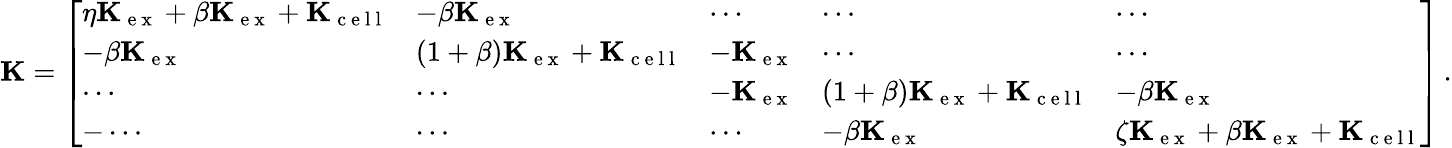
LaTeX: \mathbf{K}=\left[\begin{array}{lllll}{\eta\mathbf{K}_{\mathrm{~e~x~}}+\beta\mathbf{K}_{\mathrm{~e~x~}}+\mathbf{K}_{\mathrm{~c~e~l~l~}}}&{-\beta\mathbf{K}_{\mathrm{~e~x~}}}&{\cdots}&{\cdots}&{\cdots}\\ {-\beta\mathbf{K}_{\mathrm{~e~x~}}}&{(1+\beta)\mathbf{K}_{\mathrm{~e~x~}}+\mathbf{K}_{\mathrm{~c~e~l~l~}}}&{-\mathbf{K}_{\mathrm{~e~x~}}}&{\cdots}&{\cdots}\\ {\cdots}&{\cdots}&{-\mathbf{K}_{\mathrm{~e~x~}}}&{(1+\beta)\mathbf{K}_{\mathrm{~e~x~}}+\mathbf{K}_{\mathrm{~c~e~l~l~}}}&{-\beta\mathbf{K}_{\mathrm{~e~x~}}}\\ {-\cdots}&{\cdots}&{\cdots}&{-\beta\mathbf{K}_{\mathrm{~e~x~}}}&{\zeta\mathbf{K}_{\mathrm{~e~x~}}+\beta\mathbf{K}_{\mathrm{~e~x~}}+\mathbf{K}_{\mathrm{~c~e~l~l~}}}\end{array}\right]\, .